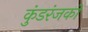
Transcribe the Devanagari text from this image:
कुंडरंजकों